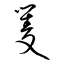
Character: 矍